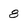
Character: 8